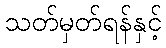
သတ်မှတ်ရန်နှင့်